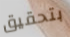
بتحقيق